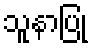
သူနာပြု